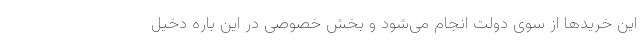
این خرید‌ها از سوی دولت انجام می‌شود و بخش خصوصی در این باره دخیل